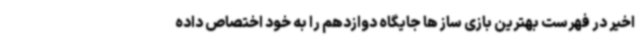
اخیر در فهرست بهترین بازی ساز ها جایگاه دوازدهم را به خود اختصاص داده